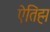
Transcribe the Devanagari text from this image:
ऐतिह्म